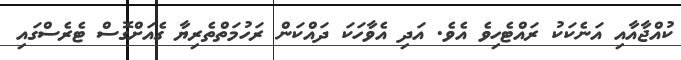
ކުއްޖާއާއި އަނެކަކު ރައްޓެހިވެ އެވެ. އަދި އެވާހަކަ ދައްކަން ރަހުމަތްތެރިޔާ ގެއަށްގޮސް ޓެރެސްގައި